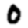
Digit: 0